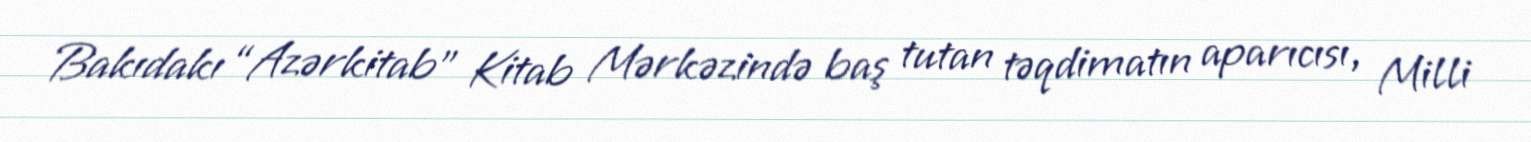
Bakıdakı “Azərkitab” Kitab Mərkəzində baş tutan təqdimatın aparıcısı, Milli